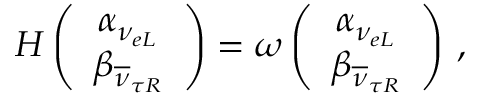
H \left( \begin{array} { c } { { \alpha _ { \nu _ { e L } } } } \\ { { \beta _ { \overline { { \nu } } _ { \tau R } } } } \end{array} \right) = \omega \left( \begin{array} { c } { { \alpha _ { \nu _ { e L } } } } \\ { { \beta _ { \overline { { \nu } } _ { \tau R } } } } \end{array} \right) \, ,